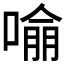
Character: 𭊏